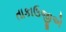
તાકાઉજીએ